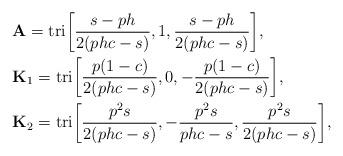
LaTeX: \begin{align*}&\textbf{A}=\textrm{tri}\bigg[\frac{s-ph}{2(phc-s)},1,\frac{s-ph}{2(phc-s)}\bigg],\\&\textbf{K}_1=\textrm{tri}\bigg[\frac{p(1-c)}{2(phc-s)},0,-\frac{p(1-c)}{2(phc-s)}\bigg],\\&\textbf{K}_2=\textrm{tri}\bigg[\frac{p^2s}{2(phc-s)},-\frac{p^2s}{phc-s},\frac{p^2s}{2(phc-s)}\bigg],\end{align*}